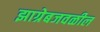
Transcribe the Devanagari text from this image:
झाग्रेबजवळील